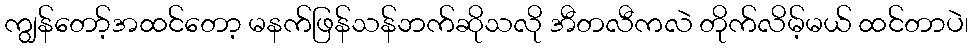
ကျွန်တော့်အထင်တော့ မနက်ဖြန်သန်ဘက်ဆိုသလို အီတလီကလဲ တိုက်လိမ့်မယ် ထင်တာပဲ၊